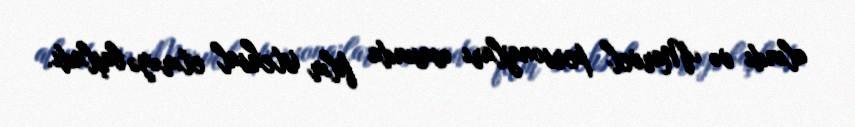
alındı və Marvel personajları əsasında film istehsal etməyə başladı.